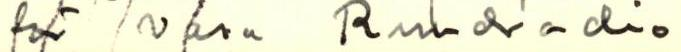
för Vasa Rundradio